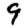
Digit: 9